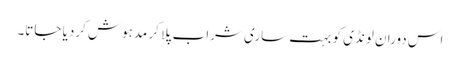
اس دوران لونڈی کو بہت ساری شراب پلا کر مدہوش کردیا جاتا۔